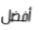
أفضل